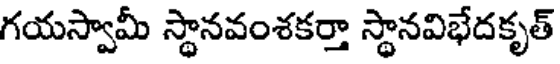
గయస్వామీ స్థానవంశకర్తా స్థానవిభేదకృత్